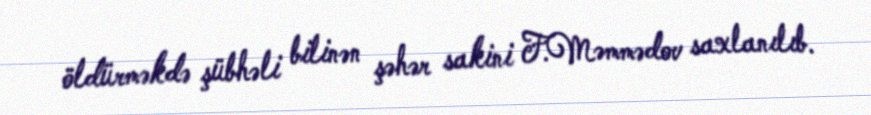
öldürməkdə şübhəli bilinən şəhər sakini F.Məmmədov saxlanılıb.